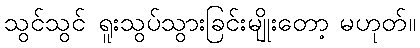
သွင်သွင် ရူးသွပ်သွားခြင်းမျိုးတော့ မဟုတ်။